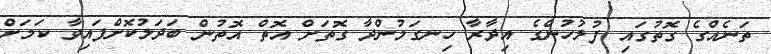
ތަނެއްގެ ގޮތުގައި ފުލުހުންގެ އިދާރާ ހިނގަމުންދާ ގޮތަށް އޮތް އޮތުން ބަދަލުކޮށްފައިވާ ކަމަށް